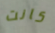
كانت